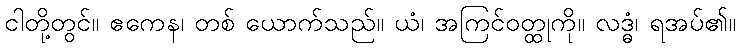
ငါတို့တွင်။ ဧကေန၊ တစ် ယောက်သည်။ ယံ၊ အကြင်ဝတ္ထုကို။ လဒ္ဓံ၊ ရအပ်၏။